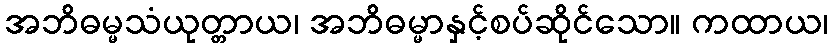
အဘိဓမ္မသံယုတ္တာယ၊ အဘိဓမ္မာနှင့်စပ်ဆိုင်သော။ ကထာယ၊